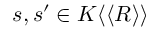
s , s ^ { \prime } \in K \langle \langle R \rangle \rangle